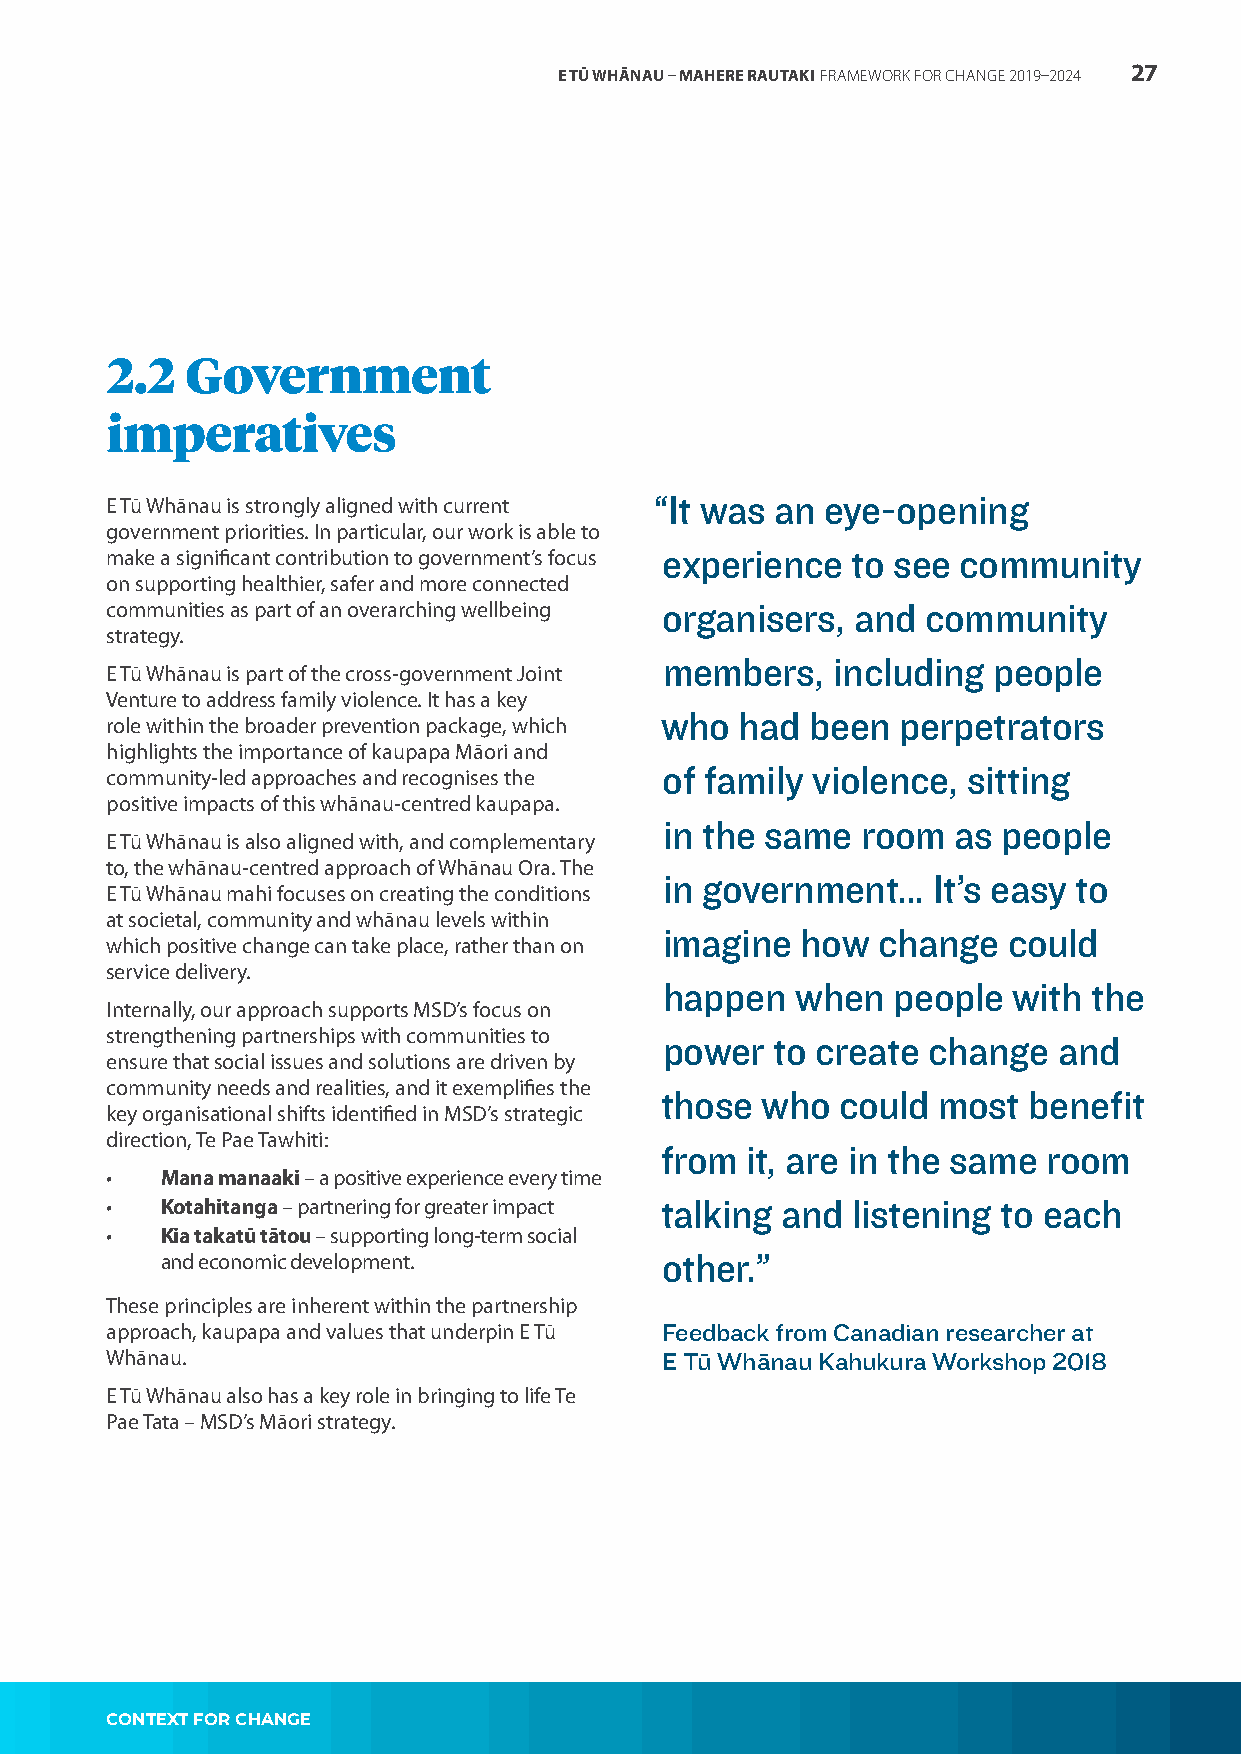
E TŪ WHĀNAU – MAHERE RAUTAKI FRAMEWORK FOR CHANGE 2019–2024 27
 2.2  Government
 imperatives
 E Tū Whānau is strongly aligned with current “It was an eye-opening
 government priorities. In particular, our work is able to
 make a significant contribution to government’s focus experience to see community
 on supporting healthier, safer and more connected
 communities as part of an overarching wellbeing organisers, and community
 strategy.
 members,   including  people
 E Tū Whānau is part of the cross-government Joint
 Venture to address family violence. It has a key
 who  had  been perpetrators
 role within the broader prevention package, which
 highlights the importance of kaupapa Māori and
 community-led approaches and recognises the of family violence, sitting
 positive impacts of this whānau-centred kaupapa.
 in the same  room  as people
 E Tū Whānau is also aligned with, and complementary
 to, the whānau-centred approach of Whānau Ora. The
 in government…    It’s easy to
 E Tū Whānau mahi focuses on creating the conditions
 at societal, community and whānau levels within
 imagine  how  change   could
 which positive change can take place, rather than on
 service delivery.
 happen   when  people  with the
 Internally, our approach supports MSD’s focus on
 strengthening partnerships with communities to
 power  to create change   and
 ensure that social issues and solutions are driven by
 community needs and realities, and it exemplifies the
 those who   could most  benefit
 key organisational shifts identified in MSD’s strategic
 direction, Te Pae Tawhiti:
 from it, are in the same room
 •   Mana manaaki – a positive experience every time
 •   Kotahitanga – partnering for greater impact talking and listening to each
 •   Kia takatū tātou – supporting long-term social
 and economic development.        other.”
 These principles are inherent within the partnership
 approach, kaupapa and values that underpin E Tū Feedback from Canadian researcher at
 Whānau.                              E Tū Whānau Kahukura Workshop 2018
 E Tū Whānau also has a key role in bringing to life Te
 Pae Tata – MSD’s Māori strategy.
 CONTEXT FOR CHANGE